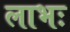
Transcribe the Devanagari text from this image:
लाभः